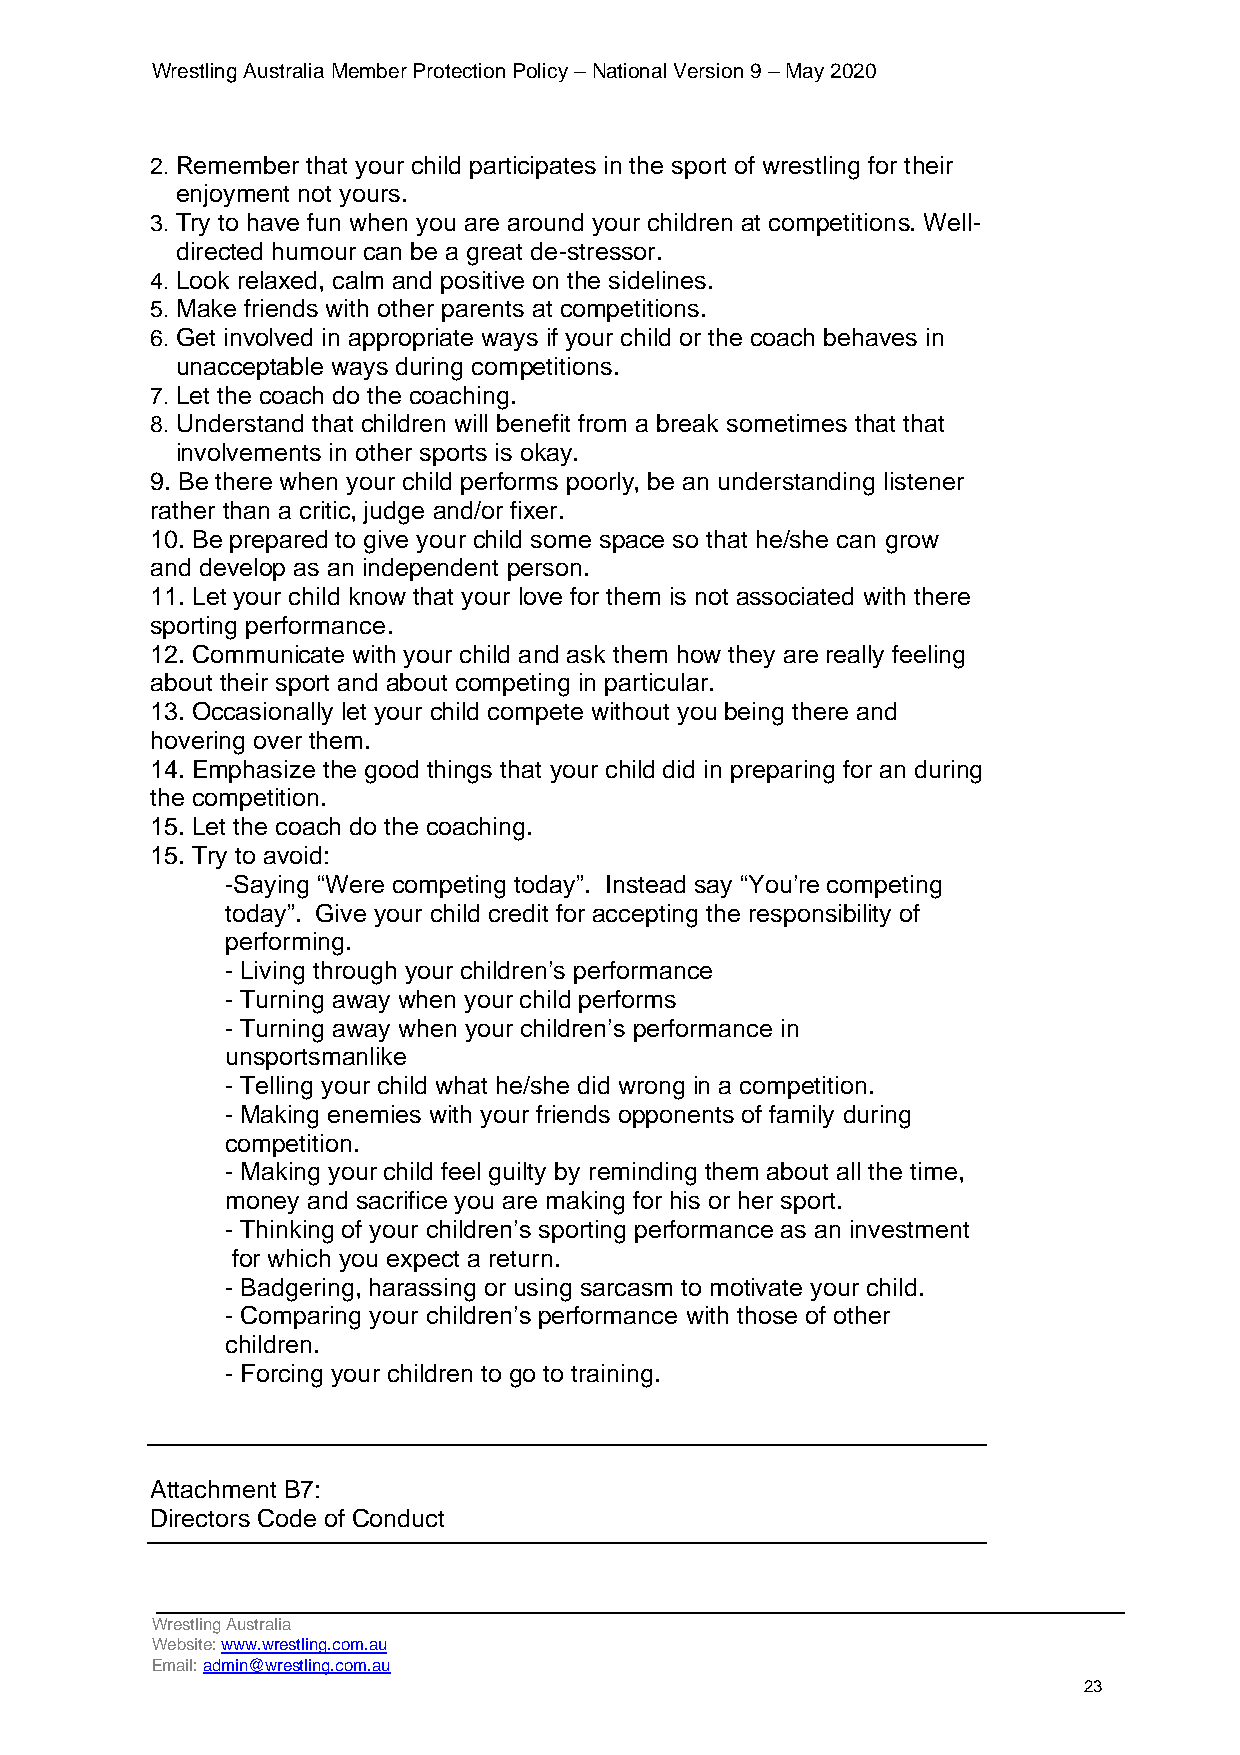
Wrestling Australia Member Protection Policy – National Version 9 – May 2020
 2. Remember that your child participates in the sport of wrestling for their
 enjoyment not yours.
 3. Try to have fun when you are around your children at competitions. Well-
 directed humour can be a great de-stressor.
 4. Look relaxed, calm and positive on the sidelines.
 5. Make friends with other parents at competitions.
 6. Get involved in appropriate ways if your child or the coach behaves in
 unacceptable ways during competitions.
 7. Let the coach do the coaching.
 8. Understand that children will benefit from a break sometimes that that
 involvements in other sports is okay.
 9. Be there when your child performs poorly, be an understanding listener
 rather than a critic, judge and/or fixer.
 10. Be prepared to give your child some space so that he/she can grow
 and develop as an independent person.
 11. Let your child know that your love for them is not associated with there
 sporting performance.
 12. Communicate with your child and ask them how they are really feeling
 about their sport and about competing in particular.
 13. Occasionally let your child compete without you being there and
 hovering over them.
 14. Emphasize the good things that your child did in preparing for an during
 the competition.
 15. Let the coach do the coaching.
 15. Try to avoid:
 -Saying “Were competing today”. Instead say “You’re competing
 today”. Give your child credit for accepting the responsibility of
 performing.
 - Living through your children’s performance
 - Turning away when your child performs
 - Turning away when your children’s performance in
 unsportsmanlike
 - Telling your child what he/she did wrong in a competition.
 - Making enemies with your friends opponents of family during
 competition.
 - Making your child feel guilty by reminding them about all the time,
 money and sacrifice you are making for his or her sport.
 - Thinking of your children’s sporting performance as an investment
 for which you expect a return.
 - Badgering, harassing or using sarcasm to motivate your child.
 - Comparing your children’s performance with those of other
 children.
 - Forcing your children to go to training.
 Attachment B7:
 Directors Code of Conduct
 Wrestling Australia
 Website: www.wrestling.com.au
 Email: admin@wrestling.com.au
 23